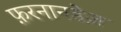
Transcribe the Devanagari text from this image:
फ़रनानडेज़